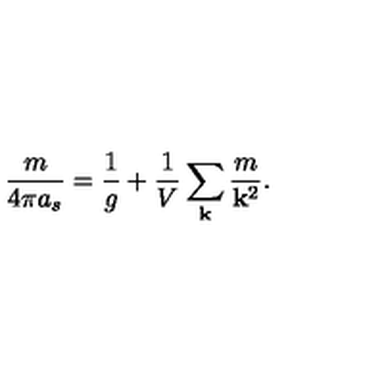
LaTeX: { \frac { m } { 4 \pi a _ { s } } } = { \frac { 1 } { g } } + { \frac { 1 } { V } } \sum _ { \bf k } { \frac { m } { { \bf k } ^ { 2 } } } .